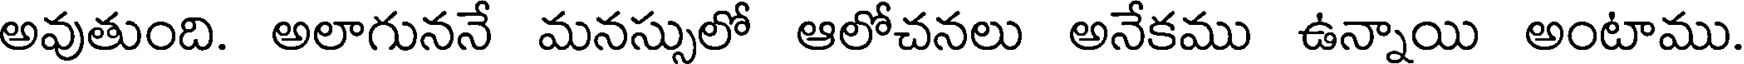
అవుతుంది. అలాగుననే మనస్సులో ఆలోచనలు అనేకము ఉన్నాయి అంటాము